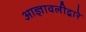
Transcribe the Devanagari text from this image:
आज्ञावलीद्वारे